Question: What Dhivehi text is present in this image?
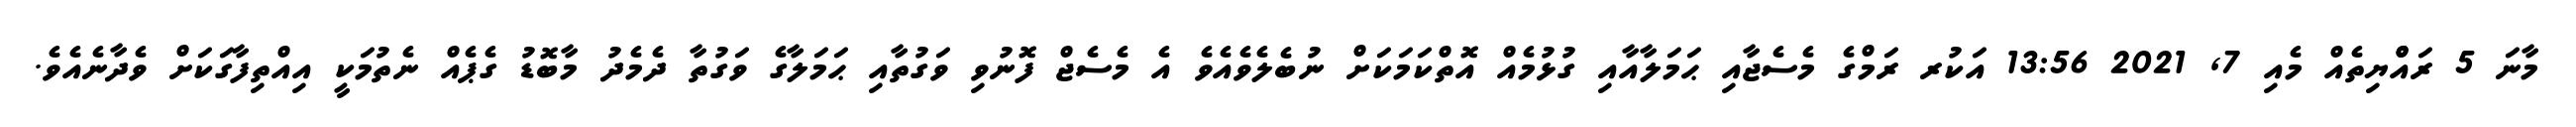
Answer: މާނަ 5 ރައްްޔިތެއް މެއި 7, 2021 13:56 އަކުރ ރަމްގެ މެސެޖާއި ޙަމަލާއާއި ގުޅުމެއް އޮތްކަމަކަށް ނުބެލެވެއެވެ އެ މެސެޖް ފޮނުވި ވަގުތާއި ޙަމަލާގެ ވަގުތާ ދެމެދު މާބޮޑު ގެޕެއް ނެތުމަކީ އިއްތިފާގަކަށް ވެދާނެއެވެ.